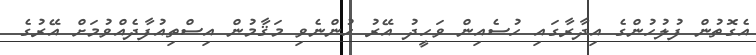
އެގޮތުން ފުލުހުންގެ އިދާރާގައި ހުސެއިން ވަހީދު އޭރު ހުންނެވި މަޤާމުން އިސްތިއުފާދެއްވުމަށް އޭރުގެ